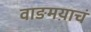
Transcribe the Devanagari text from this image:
वाङमय़ाचं